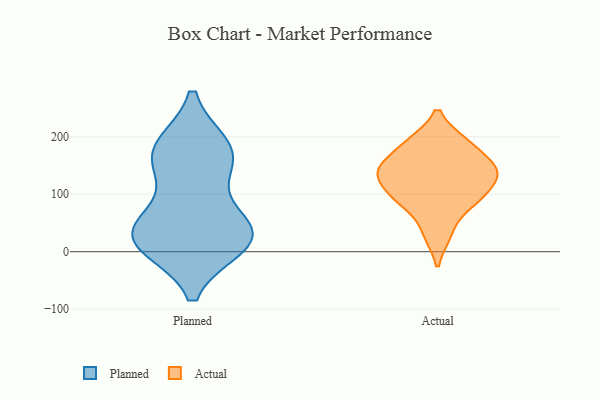
{"axis": {"x": "Tickets Resolved", "y": "Value"}, "legend": ["Actual", "Planned"], "data": [{"x": "", "y": 181, "type": "Planned"}, {"x": "", "y": 30, "type": "Planned"}, {"x": "", "y": 19, "type": "Planned"}, {"x": "", "y": 177, "type": "Planned"}, {"x": "", "y": 168, "type": "Planned"}, {"x": "", "y": 50, "type": "Planned"}, {"x": "", "y": 146, "type": "Planned"}, {"x": "", "y": 26, "type": "Planned"}, {"x": "", "y": 34, "type": "Planned"}, {"x": "", "y": 13, "type": "Planned"}, {"x": "", "y": 189, "type": "Actual"}, {"x": "", "y": 139, "type": "Actual"}, {"x": "", "y": 88, "type": "Actual"}, {"x": "", "y": 137, "type": "Actual"}, {"x": "", "y": 146, "type": "Actual"}, {"x": "", "y": 31, "type": "Actual"}, {"x": "", "y": 105, "type": "Actual"}, {"x": "", "y": 190, "type": "Actual"}, {"x": "", "y": 89, "type": "Actual"}, {"x": "", "y": 144, "type": "Actual"}]}